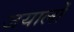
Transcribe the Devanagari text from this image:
जयालों